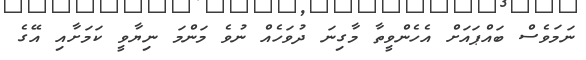
ނަމަވެސް ބައްޕައަށް އެހެންވީތާ މާގިނަ ދުވަހެއް ނުވެ މަންމަ ނިޔާވީ ކަމަށާއި އޭގެ